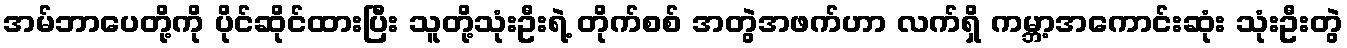
အမ်ဘာပေတို့ကို ပိုင်ဆိုင်ထားပြီး သူတို့သုံးဦးရဲ့ တိုက်စစ် အတွဲအဖက်ဟာ လက်ရှိ ကမ္ဘာ့အကောင်းဆုံး သုံးဦးတွဲ